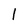
Character: l